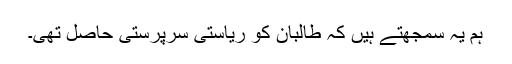
ہم یہ سمجھتے ہیں کہ طالبان کو ریاستی سرپرستی حاصل تھی۔